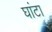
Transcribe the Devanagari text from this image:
घांटा